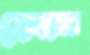
ফোমের